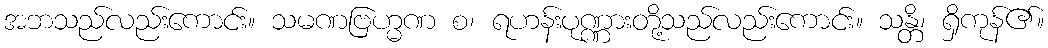
အဘသည်လည်းကောင်း။ သမဏဗြဟ္မဏ စ၊ ရဟန်းပုဏ္ဏားတို့သည်လည်းကောင်း။ သန္တိ၊ ရှိကုန်၏။